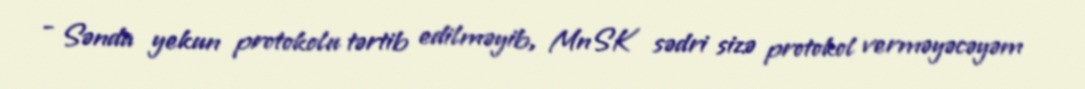
- Sənda yekun protokolu tərtib edilməyib, MnSK sədri sizə protokol verməyəcəyəm